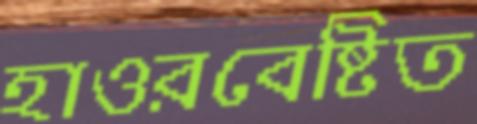
হাওরবেষ্টিত